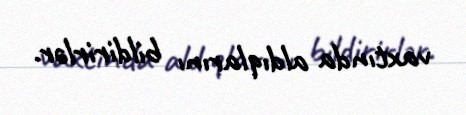
vaxtında aldıqlarını bildirirlər.